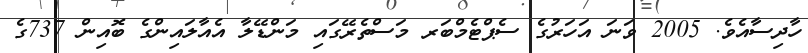
ހާދިސާއެވެ. 2005 ވަނަ އަހަރުގެ ސެޕްޓެމްބަރ މަސްތެރޭގައި މަންޑޭލާ އެއާލައިންގެ ބޮއިން 737ގެ